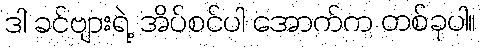
ဒါ ခင်ဗျားရဲ့ အိပ်စင်ပါ အောက်က တစ်ခုပါ။